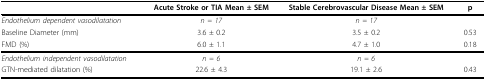
<table><thead><tr><td></td><td><b>Acute Stroke or TIA Mean ± SEM</b></td><td><b>Stable Cerebrovascular Disease Mean ± SEM</b></td><td><b>p</b></td></tr></thead><tbody><tr><td><i>Endothelium dependent vasodilatation</i></td><td><i>n = 17</i></td><td><i>n = 17</i></td><td></td></tr><tr><td>Baseline Diameter (mm)</td><td>3.6 ± 0.2</td><td>3.5 ± 0.2</td><td>0.53</td></tr><tr><td>FMD (%)</td><td>6.0 ± 1.1</td><td>4.7 ± 1.0</td><td>0.18</td></tr><tr><td><i>Endothelium independent vasodilatation</i></td><td><i>n = 6</i></td><td><i>n = 6</i></td><td></td></tr><tr><td>GTN-mediated dilatation (%)</td><td>22.6 ± 4.3</td><td>19.1 ± 2.6</td><td>0.43</td></tr></tbody></table>